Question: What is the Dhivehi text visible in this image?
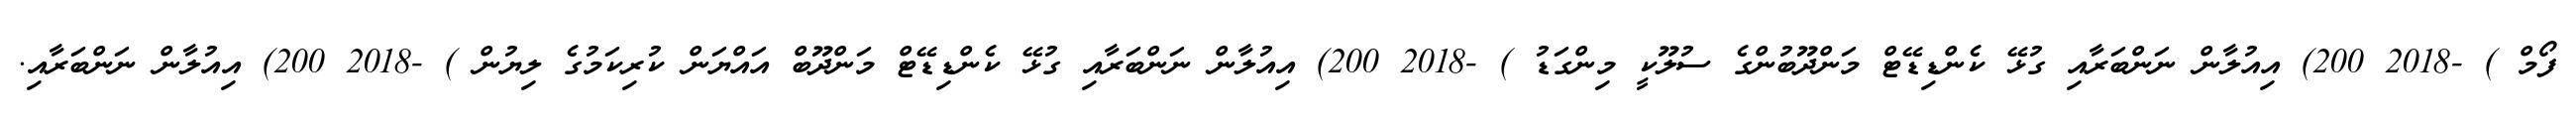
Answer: ފޯމް ) -2018 200) އިއުލާން ނަންބަރާއި ގުޅޭ ކެންޑިޑޭޓް މަންދޫބުންގެ ސުލޫކީ މިންގަޑު ) -2018 200) އިއުލާން ނަންބަރާއި ގުޅޭ ކެންޑިޑޭޓް މަންދޫބް އައްޔަން ކުރިކަމުގެ ލިޔުން ) -2018 200) އިއުލާން ނަންބަރާއި.